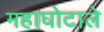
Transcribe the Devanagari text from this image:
महाघोटाले